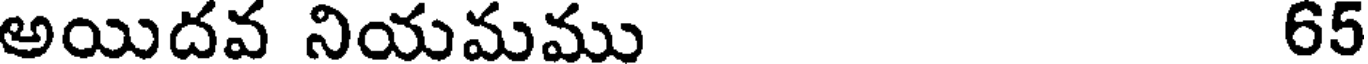
అయిదవ నియమము 65